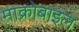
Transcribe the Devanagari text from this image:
माक्रोबाइल